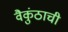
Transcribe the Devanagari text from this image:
वैकुंठाची